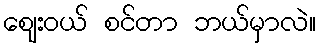
ဈေးဝယ် စင်တာ ဘယ်မှာလဲ။